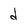
Character: d